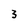
Character: 3